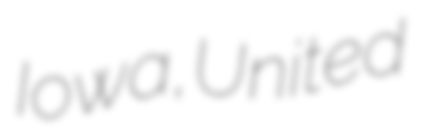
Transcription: Iowa, United